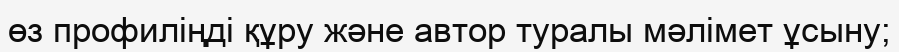
өз профиліңді құру және автор туралы мәлімет ұсыну;